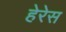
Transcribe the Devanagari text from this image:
हेरेस